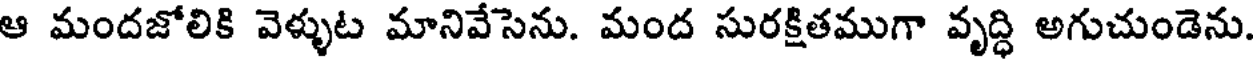
ఆ మందజోలికి వెళ్ళుట మానివేసెను. మంద సురక్షితముగా వృద్ధి అగుచుండెను.